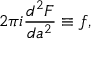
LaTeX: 2 \pi i \frac { d ^ { 2 } F } { d a ^ { 2 } } \equiv f ,